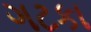
ગટકા